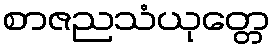
စာဇညသံယုတ္တေ